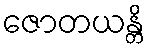
ဇောတယန္တိ